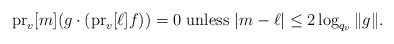
\begin{align*}\operatorname{pr}_v[m](g\cdot(\operatorname{pr}_v[{\ell}]f))=0\mbox{ unless }|m-\ell|\leq 2\log_{q_v}\|g\|.\end{align*}